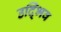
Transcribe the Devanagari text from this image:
उद्भिव